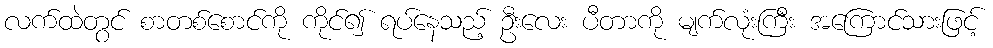
လက်ထဲတွင် စာတစ်စောင်ကို ကိုင်၍ ရပ်နေသည့် ဦးလေး ပီတာကို မျက်လုံးကြီး အကြောင်သားဖြင့်